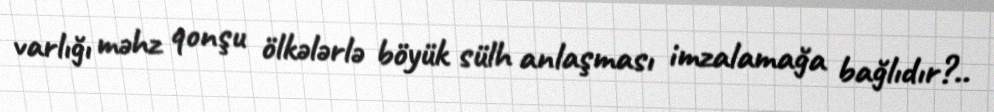
varlığı məhz qonşu ölkələrlə böyük sülh anlaşması imzalamağa bağlıdır?..